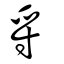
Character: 寽